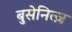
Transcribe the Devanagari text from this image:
बुसेनित्ज़